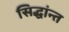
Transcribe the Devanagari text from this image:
सिद्धांन्त